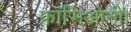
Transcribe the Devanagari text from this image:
फ्रांसिओनी।